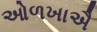
ઓળખાઐ